NAE_ERA_R-2324_Eesti_Vabariigi_Pohiseaduslik_Assamblee, lk 119
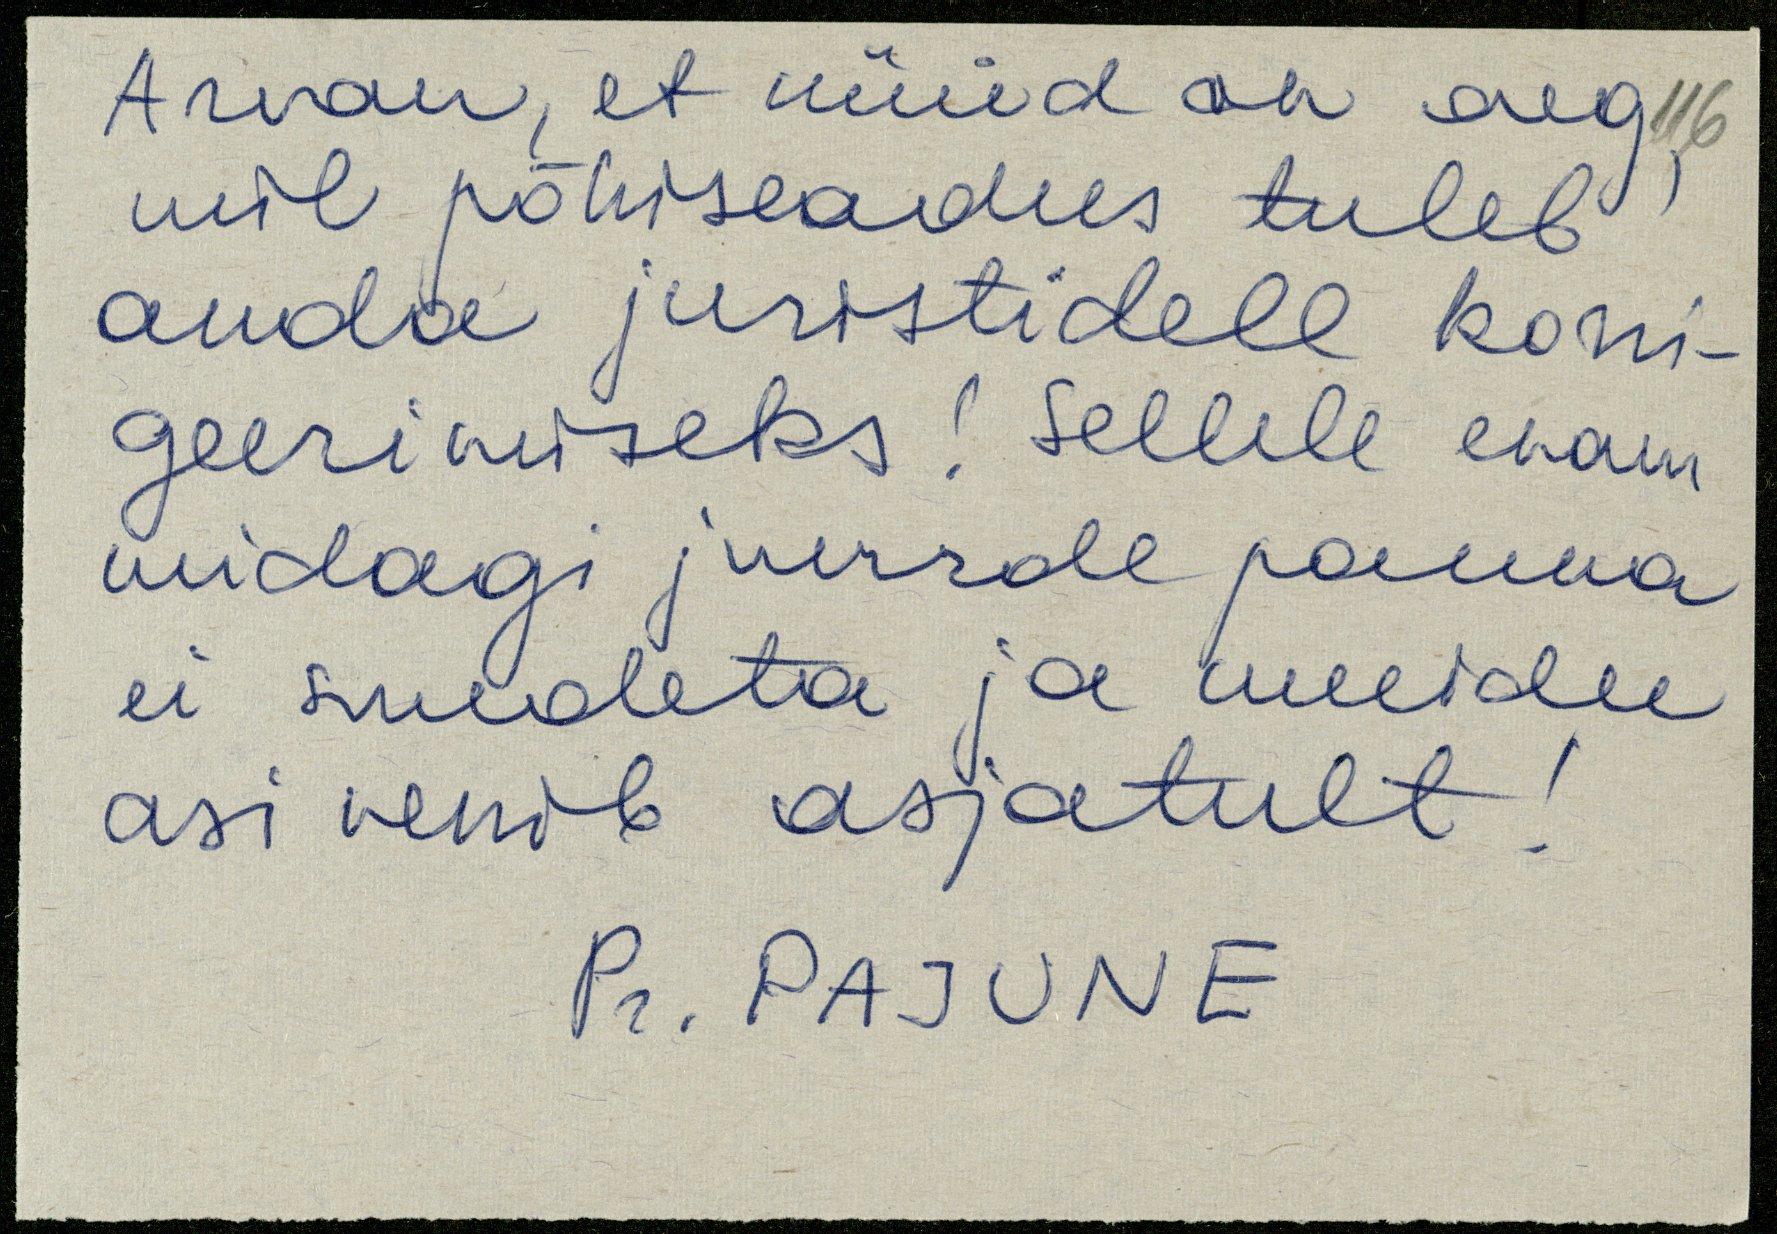
Arvan, et nüüd on aeg
mil põhiseadus tuleb
anda juristidele korri-
geerimiseks! Sellele enam
midagi juurde panna
ei suudeta ja muidu
asi venib asjatult!
Pr. Pajune